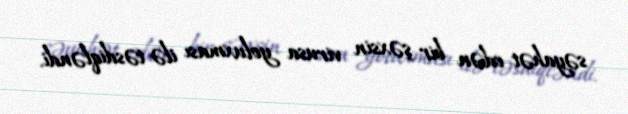
səyahət edən bir şəxsin virusa yoluxması ilə təsdiqləndi.